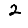
Digit: 2